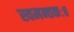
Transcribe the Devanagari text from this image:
स्वमन्तकः॥